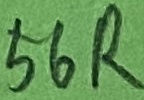
Text: 56R